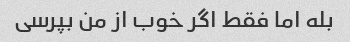
بله اما فقط اگر خوب از من بپرسی